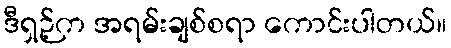
ဒီရှဉ့်က အရမ်းချစ်စရာ ကောင်းပါတယ်။